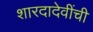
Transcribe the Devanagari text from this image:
शारदादेवींची